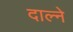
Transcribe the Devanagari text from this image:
दाल्ने